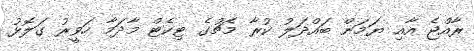
ރާއްޖެ އާއި ޔަމަން ބައްދަލު ކުރާ މެޗުގެ ޓިކެޓް މާދަމާ ހަވީރު ގަލޮޅު